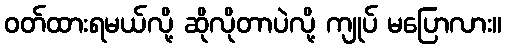
ဝတ်ထားရမယ်လို့ ဆိုလိုတာပဲလို့ ကျုပ် မပြောလား။